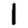
Digit: 1